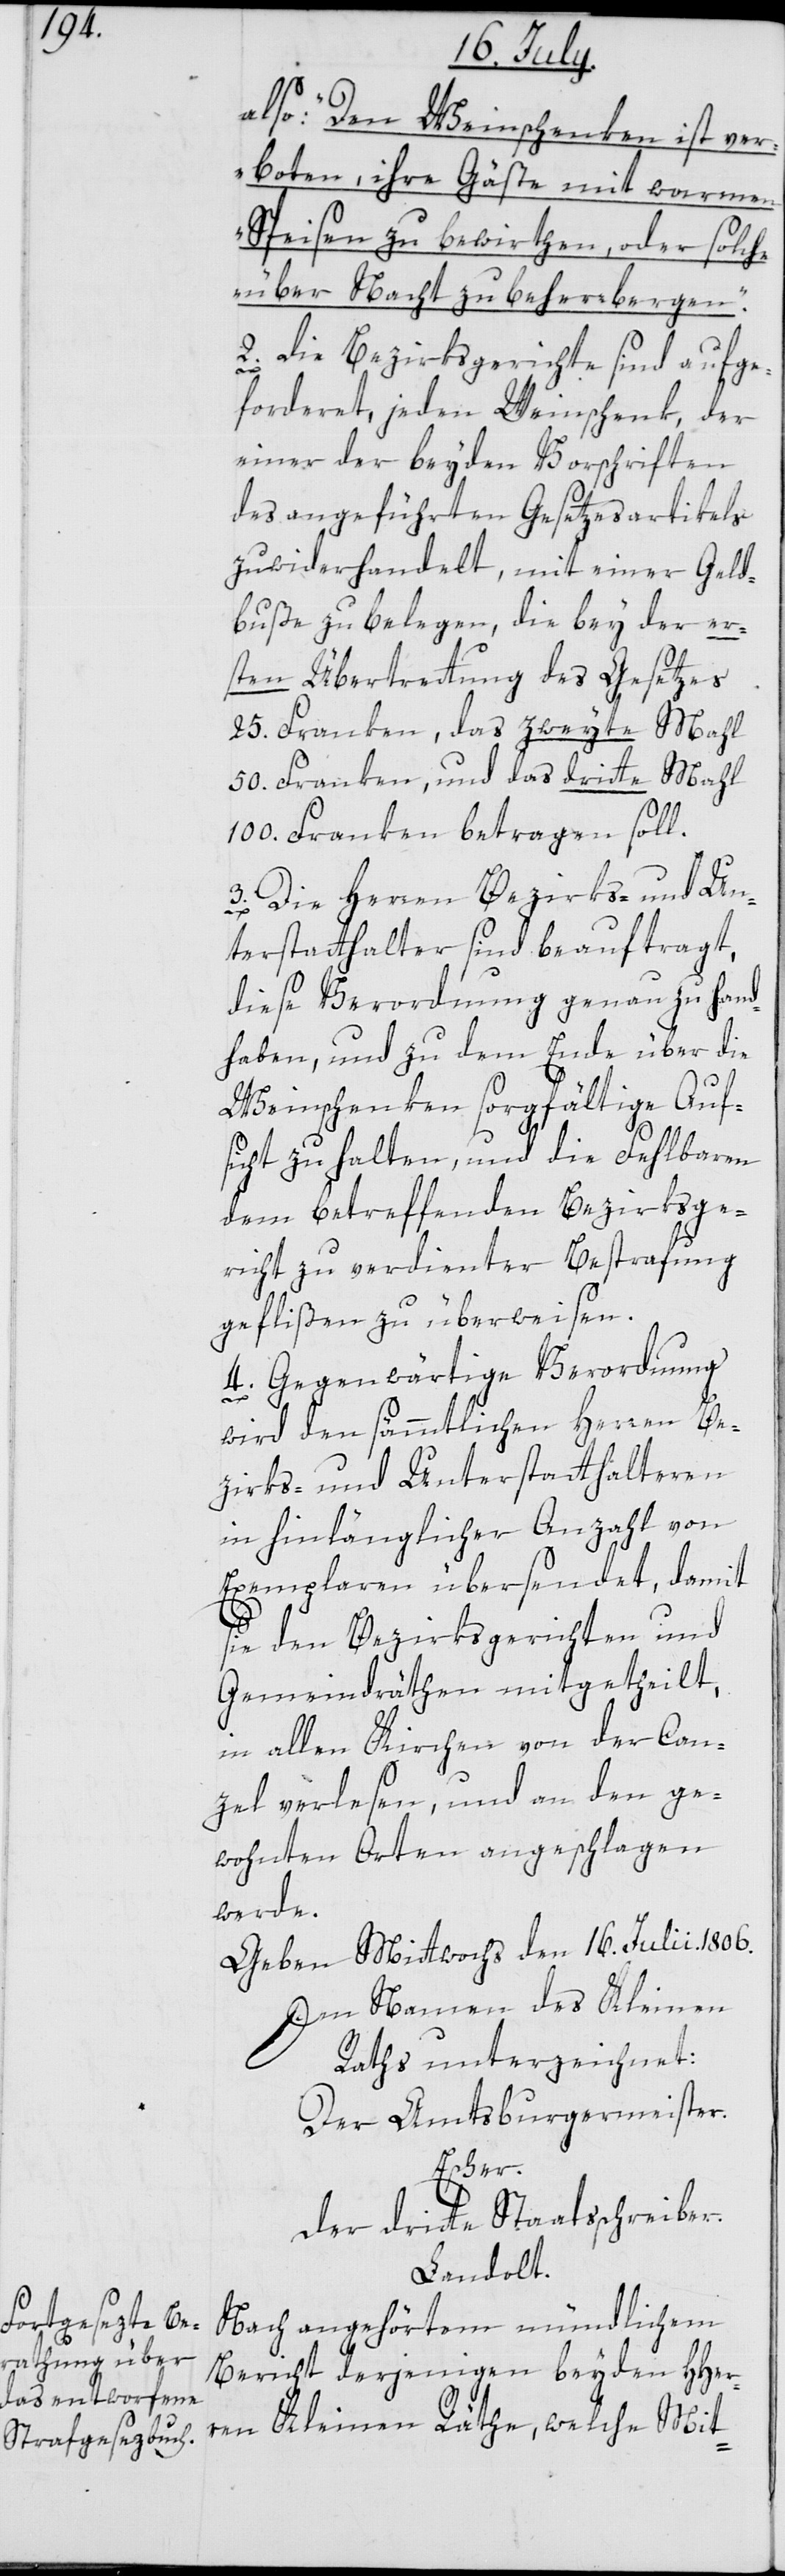
also: „Den Weinschenken ist ve¬
rboten, ihre Gäste mit warmen
Speisen zu bewirten, oder solche
über Nacht zu beherbergen.“
2. Die Bezirksgerichte sind aufge¬
forderet, jeden Weinschenk, der
einer der beyden Vorschriften
des angeführten Gesetzesartikels
zuwiderhandelt, mit einer Geld¬
buße zu belegen, die bey der er¬
sten Übertrettung des Gesetzes
25. Franken, das zweyte Mahl
50. Franken, und das dritte Mahl
100. Franken betragen soll.
3. Die Herren Bezirks- und Un¬
terstatthalter sind beauftragt,
diese Verordnung genau zu hand¬
haben, und zu dem Ende über die
Weinschenken sorgfältige Auf¬
sicht zu halten, und die Fehlbaren
dem betreffenden Bezirksge¬
richt zu verdienter Bestrafung
geflißen zu überweisen.
4. Gegenwärtige Verordnung
wird den sämmtlichen Herren Be¬
zirks- und Unterstatthalteren
in hinlänglicher Anzahl von
Exemplaren übersendet, damit
sie den Bezirksgerichten und
Gemeindräthen mitgetheilt,
in allen Kirchen von der Can¬
zel verlesen, und an den ge¬
wohnten Orten angeschlagen
werde.
Geben Mittwochs den 16. Julii. 1806.
Im Namen des Kleinen
Raths unterzeichnet:
Der Amtsburgermeister.
Escher.
Der dritte Staatsschreiber.
Landolt.
Nach angehörtem mündlichem
Bericht derjenigen beyden HHer¬
ren Kleinen Räthe, welche Mit-